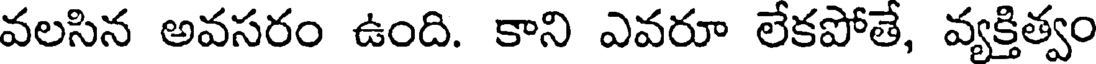
వలసిన అవసరం ఉంది. కాని ఎవరూ లేకపోతే, వ్యక్తిత్వం